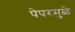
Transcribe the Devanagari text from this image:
पेपरमुळे